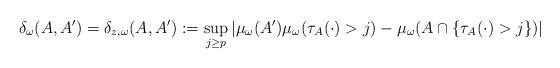
LaTeX: \begin{align*}\delta_\omega(A, A') = \delta_{z, \omega}(A, A'):=\sup_{j\ge p} \left|\mu_\omega(A')\mu_\omega(\tau_A(\cdot)>j) - \mu_\omega(A\cap \{\tau_A(\cdot)>j\})\right|\end{align*}